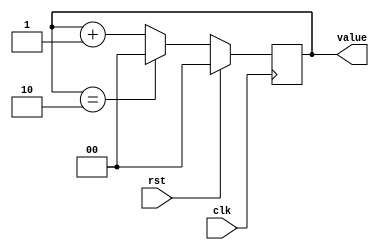
/*
   This file was generated automatically by the Mojo IDE version B1.3.6.
   Do not edit this file directly. Instead edit the original Lucid source.
   This is a temporary file and any changes made to it will be destroyed.
*/

/*
   Parameters:
     SIZE = 2
     DIV = 0
     TOP = 2b10
     UP = 1
*/
module counter_5 (
    input clk,
    input rst,
    output reg [1:0] value
  );
  
  localparam SIZE = 2'h2;
  localparam DIV = 1'h0;
  localparam TOP = 2'h2;
  localparam UP = 1'h1;
  
  
  reg [1:0] M_ctr_d, M_ctr_q = 1'h0;
  
  localparam MAX_VALUE = 2'h2;
  
  always @* begin
    M_ctr_d = M_ctr_q;
    
    value = M_ctr_q[0+1-:2];
    if (1'h1) begin
      M_ctr_d = M_ctr_q + 1'h1;
      if (1'h1 && M_ctr_q == 2'h2) begin
        M_ctr_d = 1'h0;
      end
    end else begin
      M_ctr_d = M_ctr_q - 1'h1;
      if (1'h1 && M_ctr_q == 1'h0) begin
        M_ctr_d = 2'h2;
      end
    end
  end
  
  always @(posedge clk) begin
    if (rst == 1'b1) begin
      M_ctr_q <= 1'h0;
    end else begin
      M_ctr_q <= M_ctr_d;
    end
  end
  
endmodule